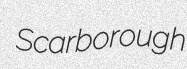
Scarborough